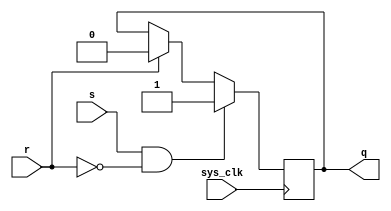
module lsrb
(
	output	q,
	input		r,
	input		s,
	input sys_clk
);

reg	data = 1'b0;

assign q = data;

// always @(r or s)
always @(posedge sys_clk)
begin
	if (s & ~r) begin
		data <= 1'b1;
	end else if (r) begin
		data <= 1'b0;
	end
end

endmodule